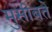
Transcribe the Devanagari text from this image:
मुसीबते